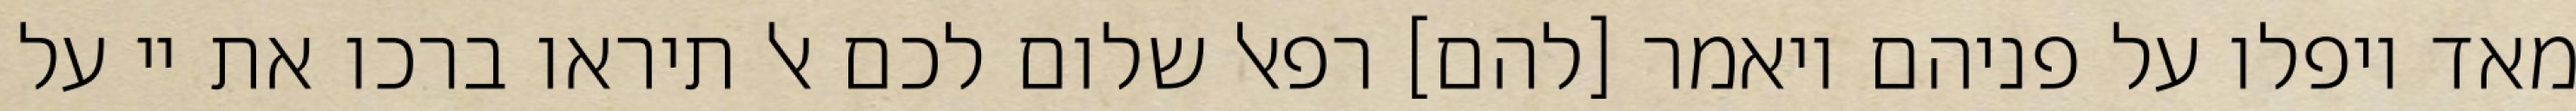
מאד ויפלו על פניהם ויאמר [להם] רפאל שלום לכם אל תיראו ברכו את יי על